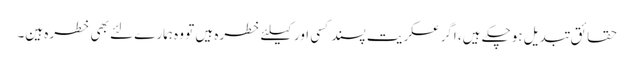
حقائق تبدیل ہوچکے ہیں، اگر عسکریت پسند کسی اور کیلئے خطرہ ہیں تو وہ ہمارے لئے بھی خطرہ ہین۔